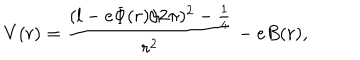
V ( r ) = \frac { ( l - e \Phi ( r ) / 2 \pi ) ^ { 2 } - \frac { 1 } { 4 } } { r ^ { 2 } } - e B ( r ) ,